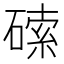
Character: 𱴥